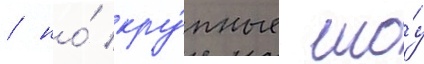
/ но́ кру́пные шо́у